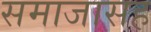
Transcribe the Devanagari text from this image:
समाजासह